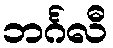
ဘင်္ဂလီ